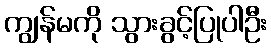
ကျွန်မကို သွားခွင့်ပြုပါဦး